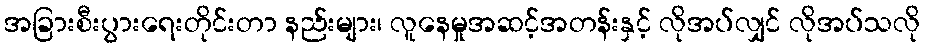
အခြားစီးပွားရေးတိုင်းတာ နည်းများ၊ လူနေမှုအဆင့်အတန်းနှင့် လိုအပ်လျှင် လိုအပ်သလို